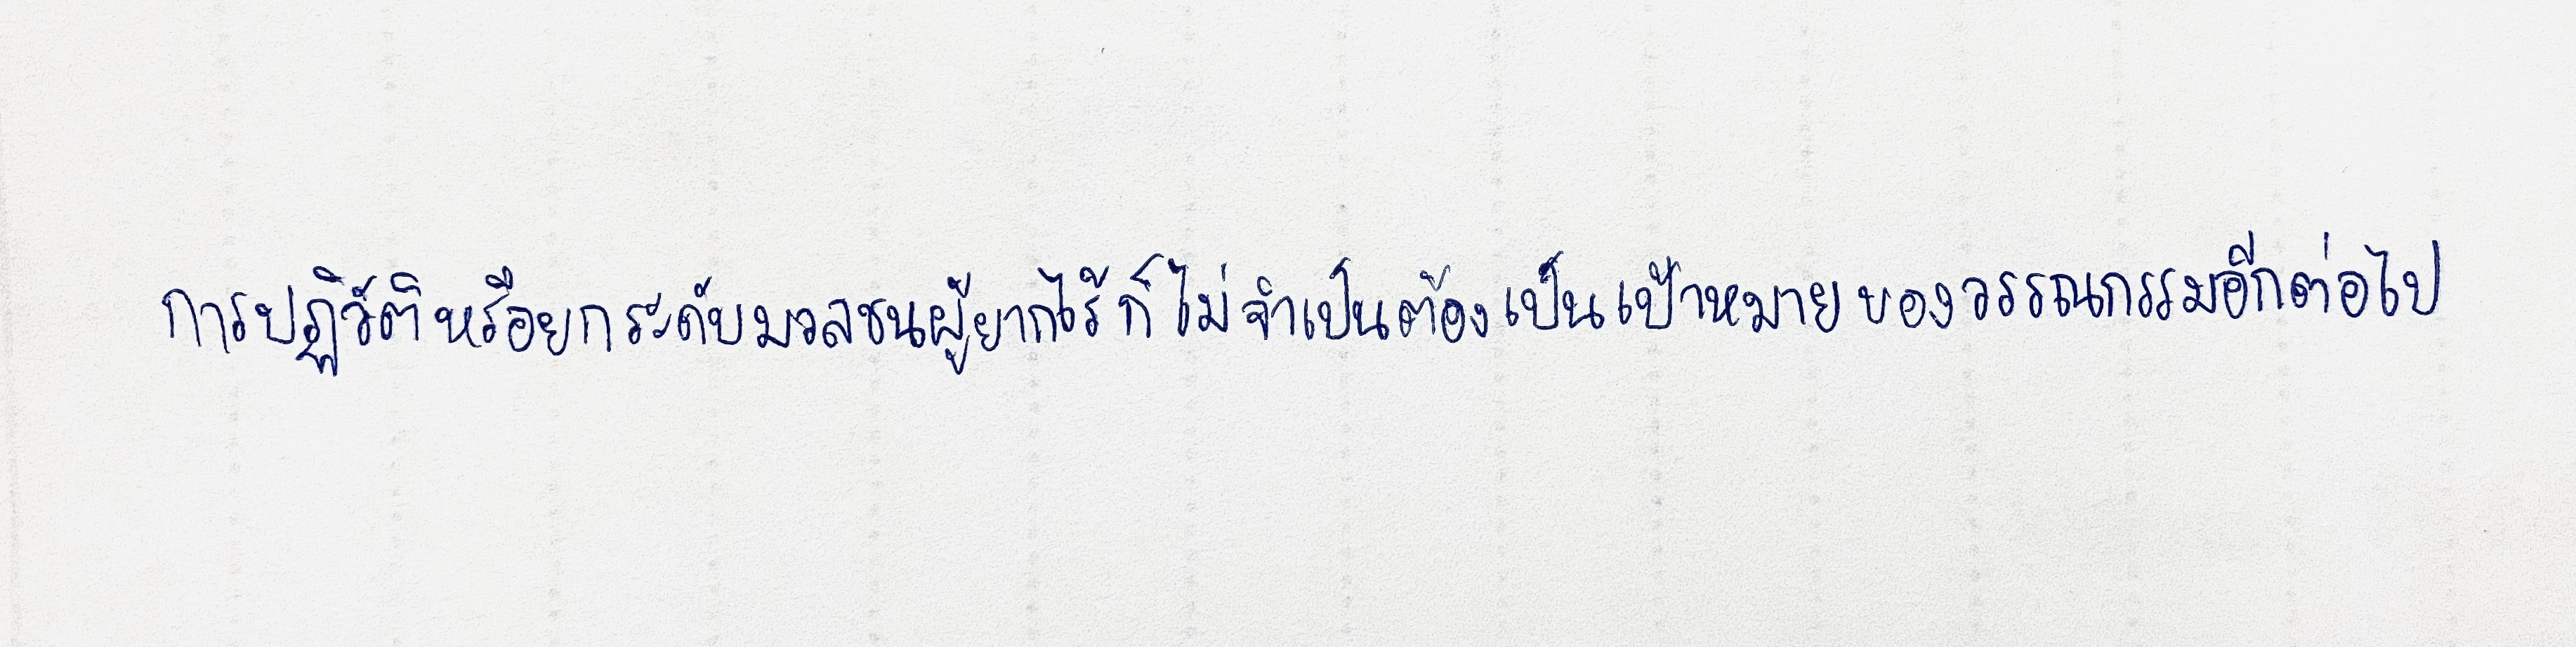
การปฏิวัติหรือยกระดับมวลชนผู้ยากไร้ก็ไม่จำเป็นต้องเป็นเป้าหมายของวรรณกรรมอีกต่อไป